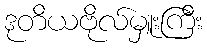
ဒုတိယဗိုလ်မှူးကြီး